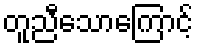
တူညီသောကြောင့်